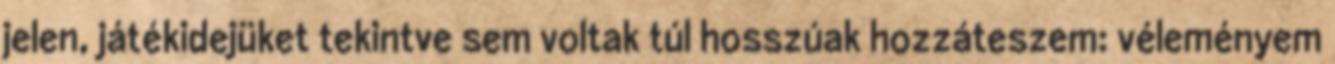
jelen, játékidejüket tekintve sem voltak túl hosszúak hozzáteszem: véleményem